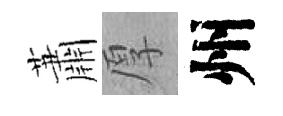
蕭厚州